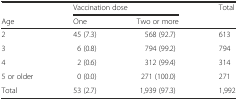
<table><thead><tr><td></td><td colspan="2"><b>Vaccination dose</b></td><td rowspan="2"><b>Total</b></td></tr><tr><td><b>Age</b></td><td><b>One</b></td><td><b>Two or more</b></td></tr></thead><tbody><tr><td>2</td><td>45 (7.3)</td><td>568 (92.7)</td><td>613</td></tr><tr><td>3</td><td>6 (0.8)</td><td>794 (99.2)</td><td>794</td></tr><tr><td>4</td><td>2 (0.6)</td><td>312 (99.4)</td><td>314</td></tr><tr><td>5 or older</td><td>0 (0.0)</td><td>271 (100.0)</td><td>271</td></tr><tr><td>Total</td><td>53 (2.7)</td><td>1,939 (97.3)</td><td>1,992</td></tr></tbody></table>